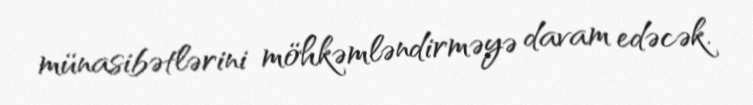
münasibətlərini möhkəmləndirməyə davam edəcək.